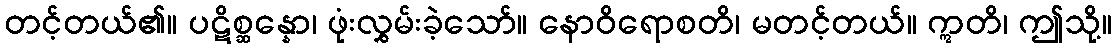
တင့်တယ်၏။ ပဋိစ္ဆန္နော၊ ဖုံးလွှမ်းခဲ့သော်။ နောဝိရောစတိ၊ မတင့်တယ်။ ဣတိ၊ ဤသို့။